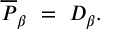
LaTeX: \overline { { { P } } } _ { \beta } ~ = ~ D _ { \beta } .